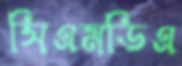
সিএমডিএ